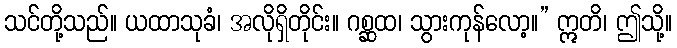
သင်တို့သည်။ ယထာသုခံ၊ အလိုရှိတိုင်း။ ဂစ္ဆထ၊ သွားကုန်လော့။” ဣတိ၊ ဤသို့။